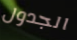
الجدول